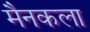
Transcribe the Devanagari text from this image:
मैनकला